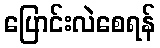
ပြောင်းလဲစေရန်